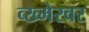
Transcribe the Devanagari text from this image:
व्ख्मेरवर